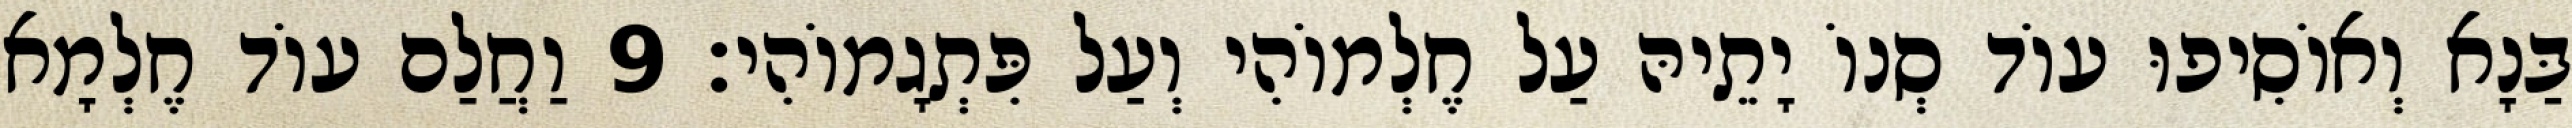
בַּנָא וְאוֹסִיפוּ עוֹד סְנוֹ יָתֵיהּ עַל חֶלְמוֹהִי וְעַל פִּתְגָמוֹהִי׃ 9 וַחֲלַם עוֹד חֶלְמָא